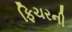
ફિચરની